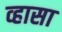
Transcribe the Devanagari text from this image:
व्हासा